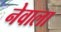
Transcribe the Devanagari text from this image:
नेवाला